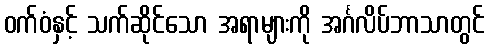
ဝက်ဝံနှင့် သက်ဆိုင်သော အရာများကို အင်္ဂလိပ်ဘာသာတွင်